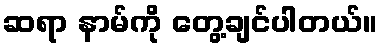
ဆရာ နာမ်ကို တွေ့ချင်ပါတယ်။